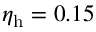
\eta _ { \mathrm { h } } = 0 . 1 5